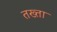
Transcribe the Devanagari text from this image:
तख्‍ता